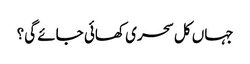
جہاں کل سحری کھائی جائے گی؟